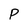
Character: P